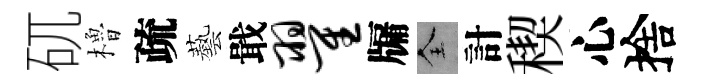
矹櫓疏藝戢翟牖全計稧心捨